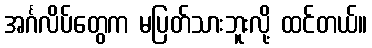
အင်္ဂလိပ်တွေက မပြတ်သားဘူးလို့ ထင်တယ်။